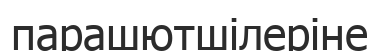
парашютшілеріне